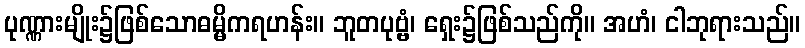
ပုဏ္ဏားမျိုး၌ဖြစ်သောဓမ္မိကရဟန်း။ ဘူတပုဗ္ဗံ၊ ရှေး၌ဖြစ်သည်ကို။ အဟံ၊ ငါဘုရားသည်။